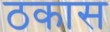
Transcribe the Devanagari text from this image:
ठकास